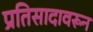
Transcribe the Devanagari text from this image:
प्रतिसादावरून